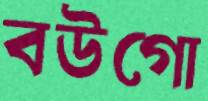
বউগো